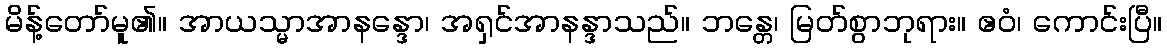
မိန့်တော်မူ၏။ အာယသ္မာအာနန္ဒော၊ အရှင်အာနန္ဒာသည်။ ဘန္တေ၊ မြတ်စွာဘုရား။ ဧဝံ၊ ကောင်းပြီ။